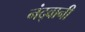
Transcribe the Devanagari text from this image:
नंद्वानी